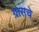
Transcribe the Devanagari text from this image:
ग्रासचे